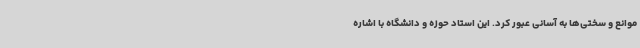
موانع و سختی‌ها به آسانی عبور کرد. این استاد حوزه و دانشگاه با اشاره